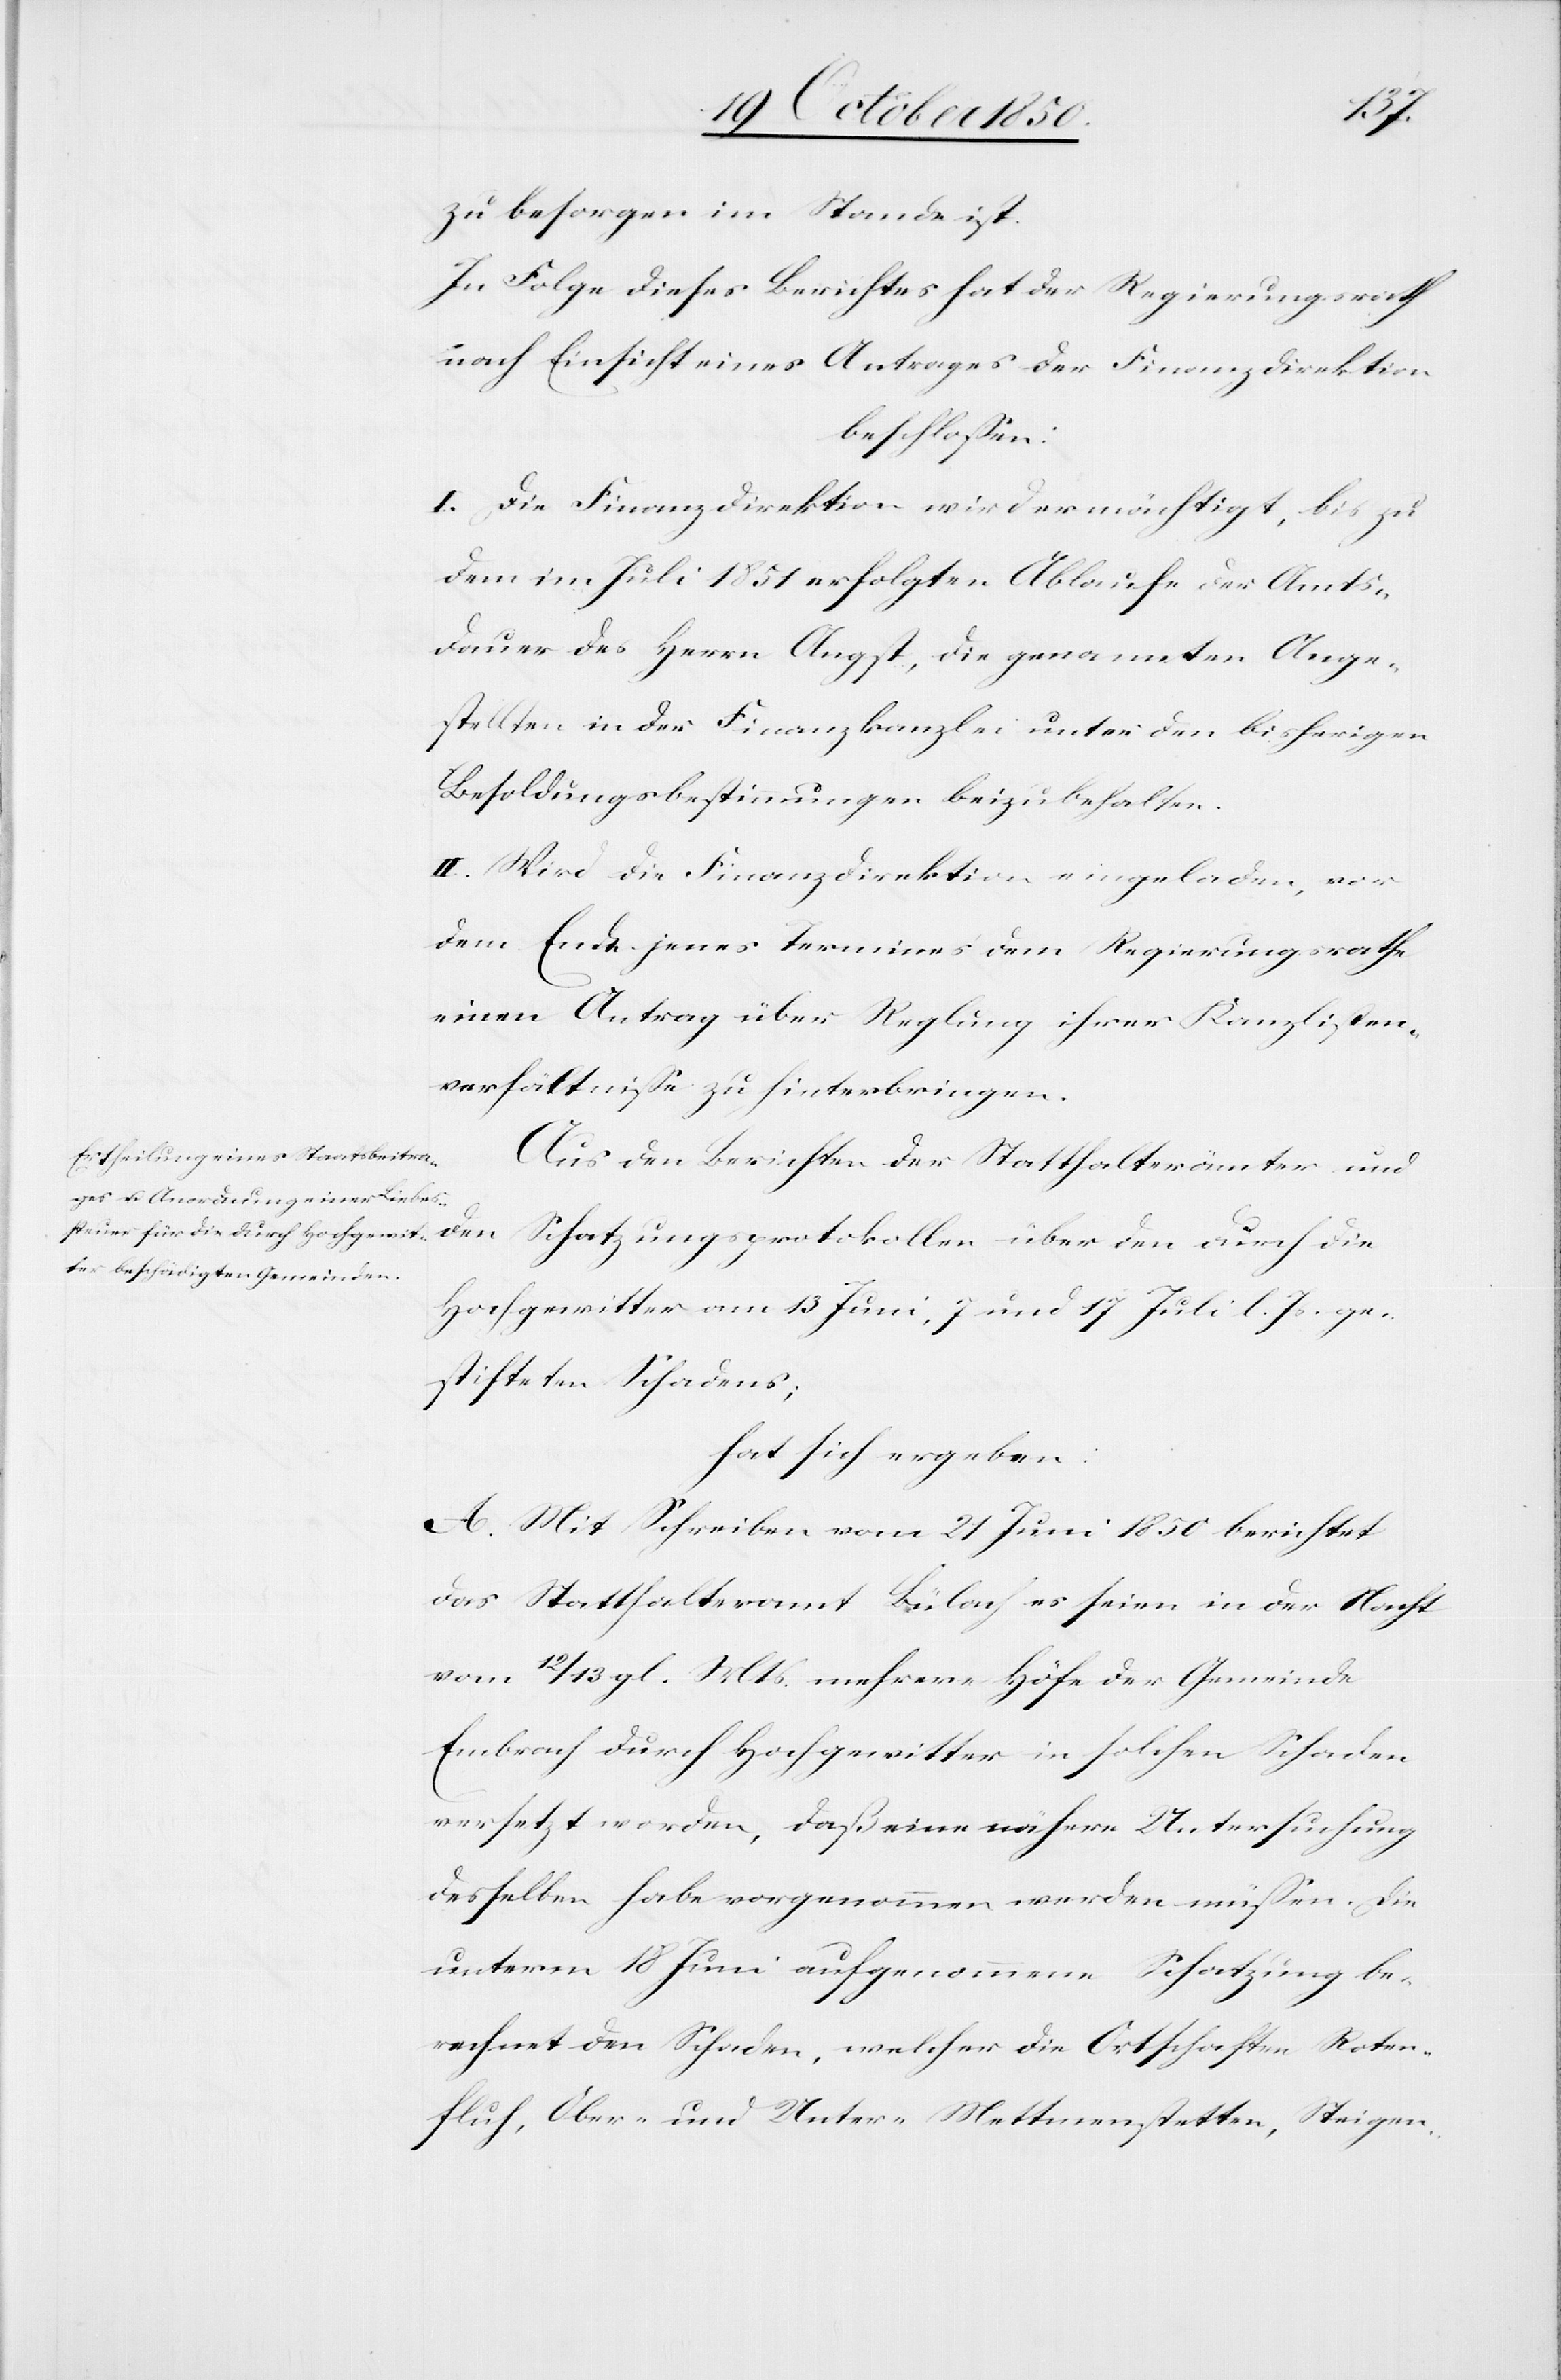
zu besorgen im Stande ist.
In Folge dieses Berichtes hat der Regierungsrath
nach Einsicht eines Antrages der Finanzdirektion
beschlossen:
I. Die Finanzdirektion wird ermächtigt, bis zu
dem im Juli 1851 erfolgten Ablaufe der Amts¬
dauer des Herrn Angst, die genannten Ange¬
stellten in der Finanzkanzlei unter den bisherigen
Besoldungsbestimmungen beizubehalten.
II. Wird die Finanzdirektion eingeladen, vor
dem Ende jenes Termines dem Regierungsrathe
einen Antrag über Reglung ihrer Kanzlisten¬
verhältnisse zu hinterbringen.
Aus den Berichten der Statthalterämter und
den Schatzungsprotokollen über den durch die
Hochgewitter am 13 Juni, 7 und 17 Juli l. Js. ge¬
stifteten Schadens;
hat sich ergeben:
A. Mit Schreiben vom 21 Juni 1850 berichtet
das Statthalteramt Bülach es seien in der Nacht
vom 12/13 gl. Mts mehrere Höfe der Gemeinde
Embrach durch Hochgewitter in solchen Schaden
versetzt worden, daß eine nähere Untersuchung
desselben habe vorgenommen werden müssen. Die
unterm 18 Juni aufgenommene Schatzung be¬
rechnet den Schaden, welcher die Ortschaften Roter¬
fluh, Ober- und Unter-Mettmenstetten, Steigen-